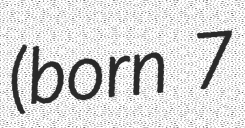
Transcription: (born 7